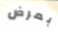
بمرض